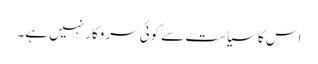
اس کا سیاست سے کوئی سروکار نہیں ہے۔